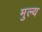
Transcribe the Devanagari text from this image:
मुल्‍य